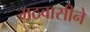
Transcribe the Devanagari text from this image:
मठवासीने